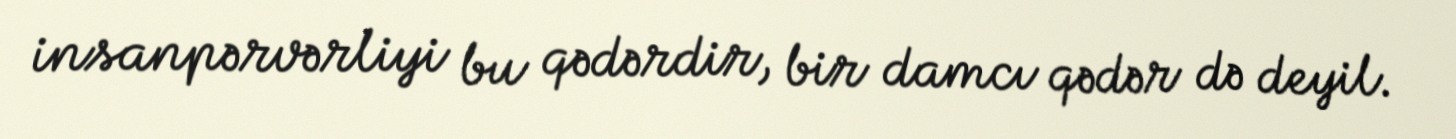
insanpərvərliyi bu qədərdir, bir damcı qədər də deyil.